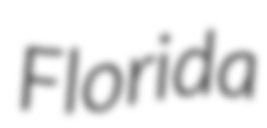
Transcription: Florida